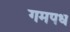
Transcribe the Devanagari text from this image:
गमपध